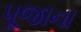
પૂજાના